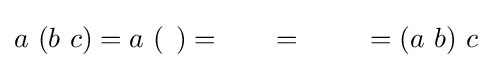
a\ (b\ c)=a\ {\begin{pmatrix}b\\[-60pt]c\end{pmatrix}}={\begin{matrix}a\ \ b\\[-60pt]\bullet \ \ c\end{matrix}}={\begin{matrix}(a\ b)\\[-60pt]c\end{matrix}}=(a\ b)\ c